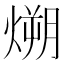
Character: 𪹛